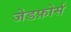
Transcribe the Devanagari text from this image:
जेडफ़ोर्स